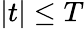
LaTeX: |t|\leq T